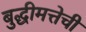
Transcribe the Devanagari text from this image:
बुद्धीमत्तेची